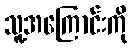
သူ့အကြောင်းကို